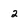
Character: 2